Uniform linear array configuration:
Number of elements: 8
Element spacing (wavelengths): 0.75
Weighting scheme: binomial
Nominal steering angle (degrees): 0
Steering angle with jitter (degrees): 1.896
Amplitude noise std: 0.05
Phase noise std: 0.05

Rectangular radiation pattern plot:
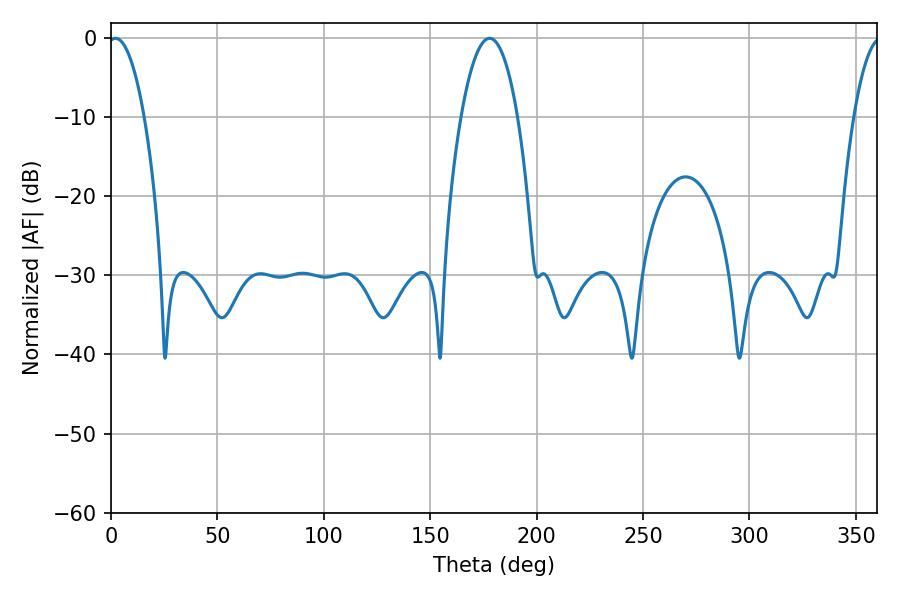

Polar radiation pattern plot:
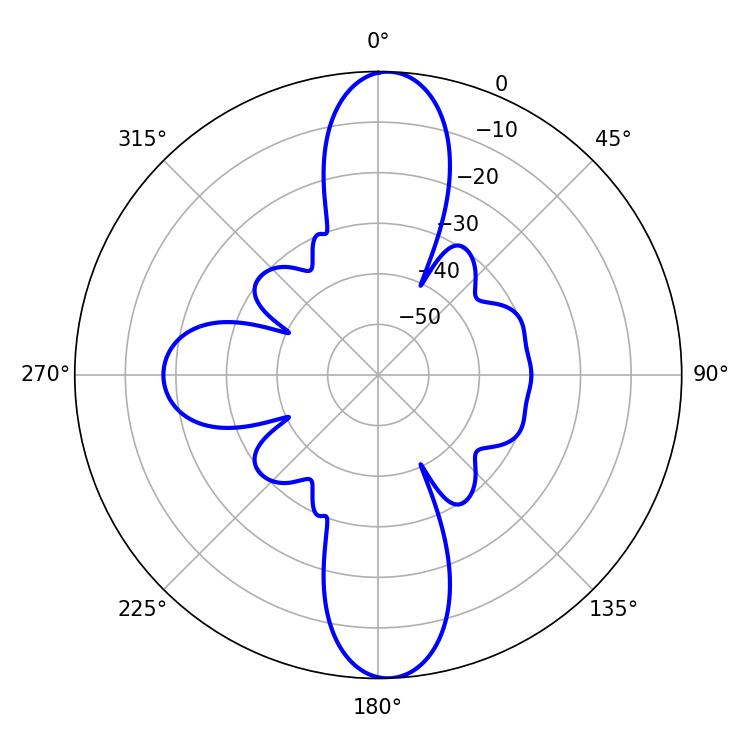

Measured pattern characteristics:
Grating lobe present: TRUE
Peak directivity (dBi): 21.318
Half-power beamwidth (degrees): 9.54
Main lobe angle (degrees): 2.16